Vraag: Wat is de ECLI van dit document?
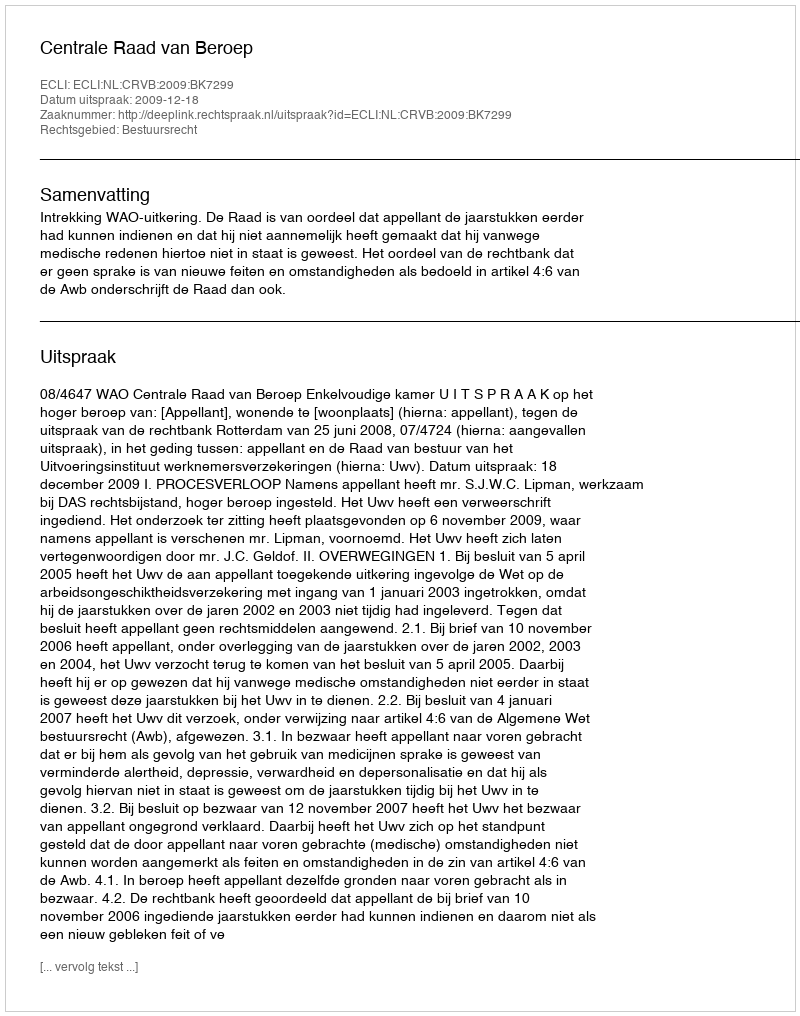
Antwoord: ECLI:NL:CRVB:2009:BK7299